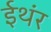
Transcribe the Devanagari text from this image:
ईथंर